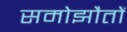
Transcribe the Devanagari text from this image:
समोझौतों